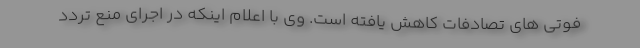
فوتی های تصادفات کاهش یافته است. وی با اعلام اینکه در اجرای منع تردد